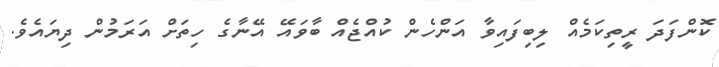
ކޮންފަދަ ރީތިކަމެއް ލިބިފައިވާ އަންހެން ކުއްޖެއް ބާވައޭ އޭނާގެ ހިތަށް އަރަމުން ދިޔައެވެ.